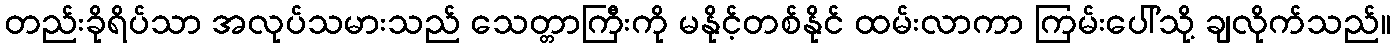
တည်းခိုရိပ်သာ အလုပ်သမားသည် သေတ္တာကြီးကို မနိုင့်တစ်နိုင် ထမ်းလာကာ ကြမ်းပေါ်သို့ ချလိုက်သည်။